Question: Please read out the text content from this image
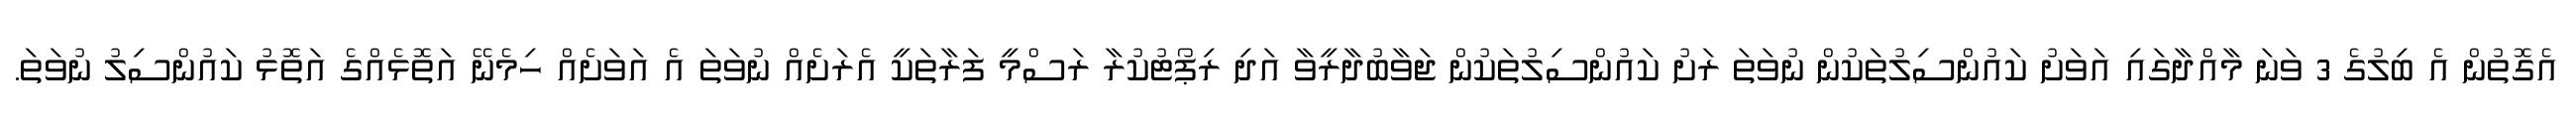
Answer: އެގޮތުން އެ ބިލުގެ 3 ވަނަ މާއްދާގައި އަވަށު ކައުންސިލުތަކުން ނުވަތަ ރަށު ކައުންސިލުތަކުން ޖަވާބުދާރީވާ އަދި ރިޕޯޓުކުރާ ރަސްމީ ފަރާތަކީ އެރަށެއް ނުވަތަ އެ އަވަށެއް ހިމެނޭ އަތޮޅެއްގެ އަތޮޅު ކައުންސިލު ނުވަތަ.